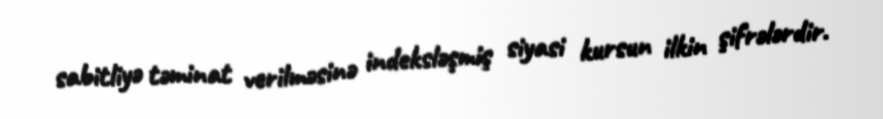
sabitliyə təminat verilməsinə indeksləşmiş siyasi kursun ilkin şifrələrdir.